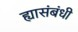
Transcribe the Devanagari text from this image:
ह्यासंबंधी